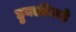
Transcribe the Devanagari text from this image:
हुबळीकडे